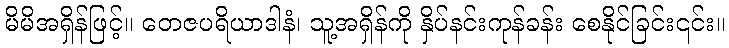
မိမိအရှိန်ဖြင့်။ တေဇပရိယာဒါနံ၊ သူ့အရှိန်ကို နှိပ်နင်းကုန်ခန်း စေနိုင်ခြင်း၎င်း။